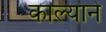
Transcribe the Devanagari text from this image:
काल्याने